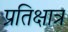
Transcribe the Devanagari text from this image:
प्रतिक्षात्र